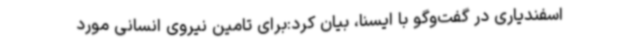
اسفندیاری در گفت‌وگو با ایسنا، بیان کرد:برای تامین نیروی انسانی مورد